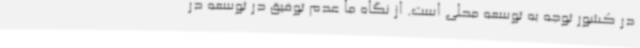
در کشور توجه به توسعه محلی است. از نگاه ما عدم توفیق در توسعه در